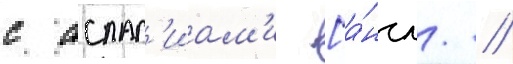
с аспас'иам'и [а́нгл. //